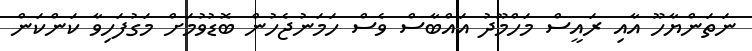
ނަތަންޔާހޫ އާއި ރައީސް މަހްމޫދު އައްބާސް ވެސް ހަމަނުޖެހުން ބޮޑުވުމަށް މަގުފަހިވާ ކަންކަން